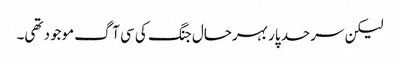
لیکن سرحد پار بہرحال جنگ کی سی آگ موجود تھی۔